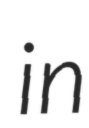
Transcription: in